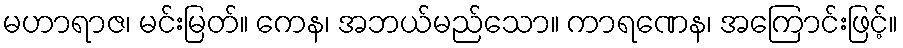
မဟာရာဇ၊ မင်းမြတ်။ ကေန၊ အဘယ်မည်သော။ ကာရဏေန၊ အကြောင်းဖြင့်။